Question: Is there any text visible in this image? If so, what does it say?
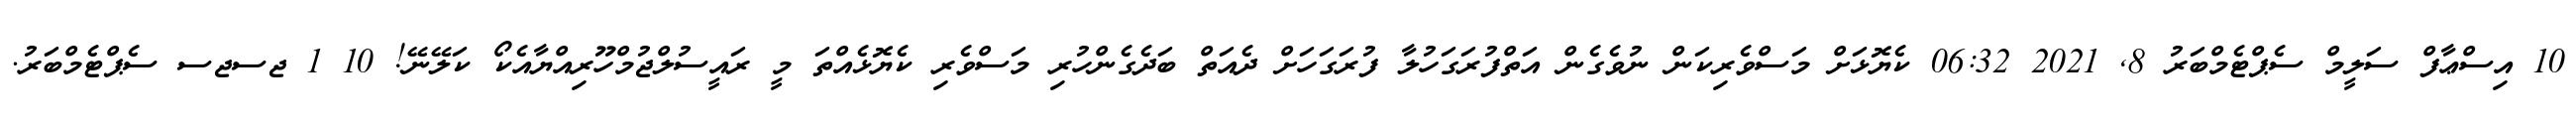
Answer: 10 އިސްޢާފް ސަލީމް ސެޕްޓެމްބަރު 8, 2021 06:32 ކެޔޮޅަށް މަސްވެރިކަން ނުވެގެން އަތްފުރަގަހުލާ ފުރަގަހަށް ދެއަތް ބަދެގެންހުރި މަސްވެރި ކެޔޮޅެއްތަ މީ ރައީސުލްޖުމްހޫރިއްޔާއެކޯ ކަލޭނޭ! 10 1 ޖސޖސ ސެޕްޓެމްބަރު.